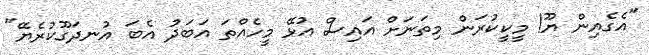
"އެގެއިން ޔޫ! މީކީކުރަން މިތަނަށް އައިސް އުޅޭ މީހެއްތަ އަބަދު އެބަ އުނދަގޫކުރެޔޭ"